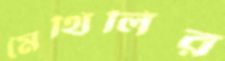
মৈথিলির